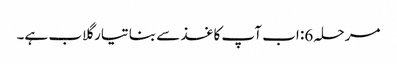
مرحلہ 6: اب آپ کاغذ سے بنا تیار گلاب ہے۔